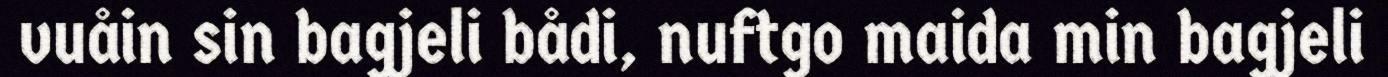
vuåin sin bagjeli bådi, nuftgo maida min bagjeli